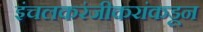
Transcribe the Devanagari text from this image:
इंचलकरंजीकरांकडून